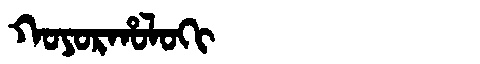
Manchu: ᡴᠣᠶᠣᡵᡥᠣᠯᠣᡴᡳ
Romanization: KOYORHOLOKI